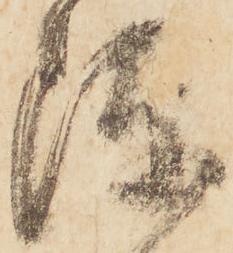
陣